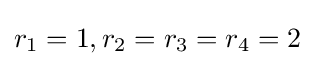
r_{1}=1,r_{2}=r_{3}=r_{4}=2